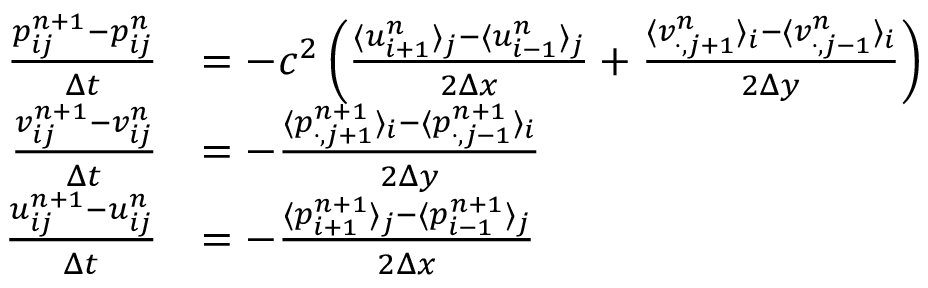
\begin{array} { r l } { \frac { p _ { i j } ^ { n + 1 } - p _ { i j } ^ { n } } { \Delta t } } & { = - c ^ { 2 } \left( \frac { \langle u _ { i + 1 } ^ { n } \rangle _ { j } - \langle u _ { i - 1 } ^ { n } \rangle _ { j } } { 2 \Delta x } + \frac { \langle v _ { \cdot , j + 1 } ^ { n } \rangle _ { i } - \langle v _ { \cdot , j - 1 } ^ { n } \rangle _ { i } } { 2 \Delta y } \right) } \\ { \frac { v _ { i j } ^ { n + 1 } - v _ { i j } ^ { n } } { \Delta t } } & { = - \frac { \langle p _ { \cdot , j + 1 } ^ { n + 1 } \rangle _ { i } - \langle p _ { \cdot , j - 1 } ^ { n + 1 } \rangle _ { i } } { 2 \Delta y } } \\ { \frac { u _ { i j } ^ { n + 1 } - u _ { i j } ^ { n } } { \Delta t } } & { = - \frac { \langle p _ { i + 1 } ^ { n + 1 } \rangle _ { j } - \langle p _ { i - 1 } ^ { n + 1 } \rangle _ { j } } { 2 \Delta x } } \end{array}